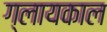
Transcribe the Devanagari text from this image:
ग्लायकाल